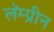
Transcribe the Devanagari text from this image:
लॅम्प्रीन